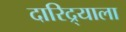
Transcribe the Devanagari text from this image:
दारिद्र्याला